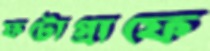
ফটোগ্রাফে